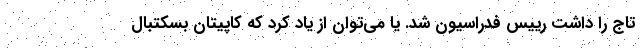
تاج را داشت رییس فدراسیون شد. یا می‌توان از یاد کرد که کاپیتان بسکتبال